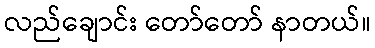
လည်ချောင်း တော်တော် နာတယ်။